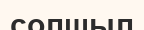
солшыл